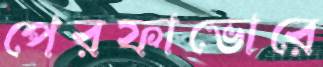
পেরফাভোরে